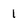
Character: 1